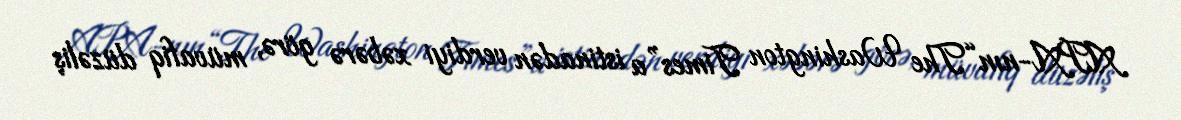
APA-nın “The Washington Times”a istinadən verdiyi xəbərə görə, müvafiq düzəliş